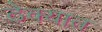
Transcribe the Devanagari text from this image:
ठेक्यात